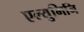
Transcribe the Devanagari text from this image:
एल्युमिनि